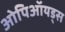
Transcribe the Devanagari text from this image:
ओपिऑयड्स